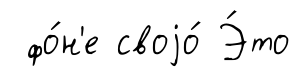
фо́н'е своjо́ Э́то